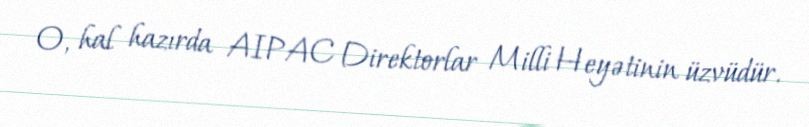
O, hal hazırda AIPAC Direktorlar Milli Heyətinin üzvüdür.